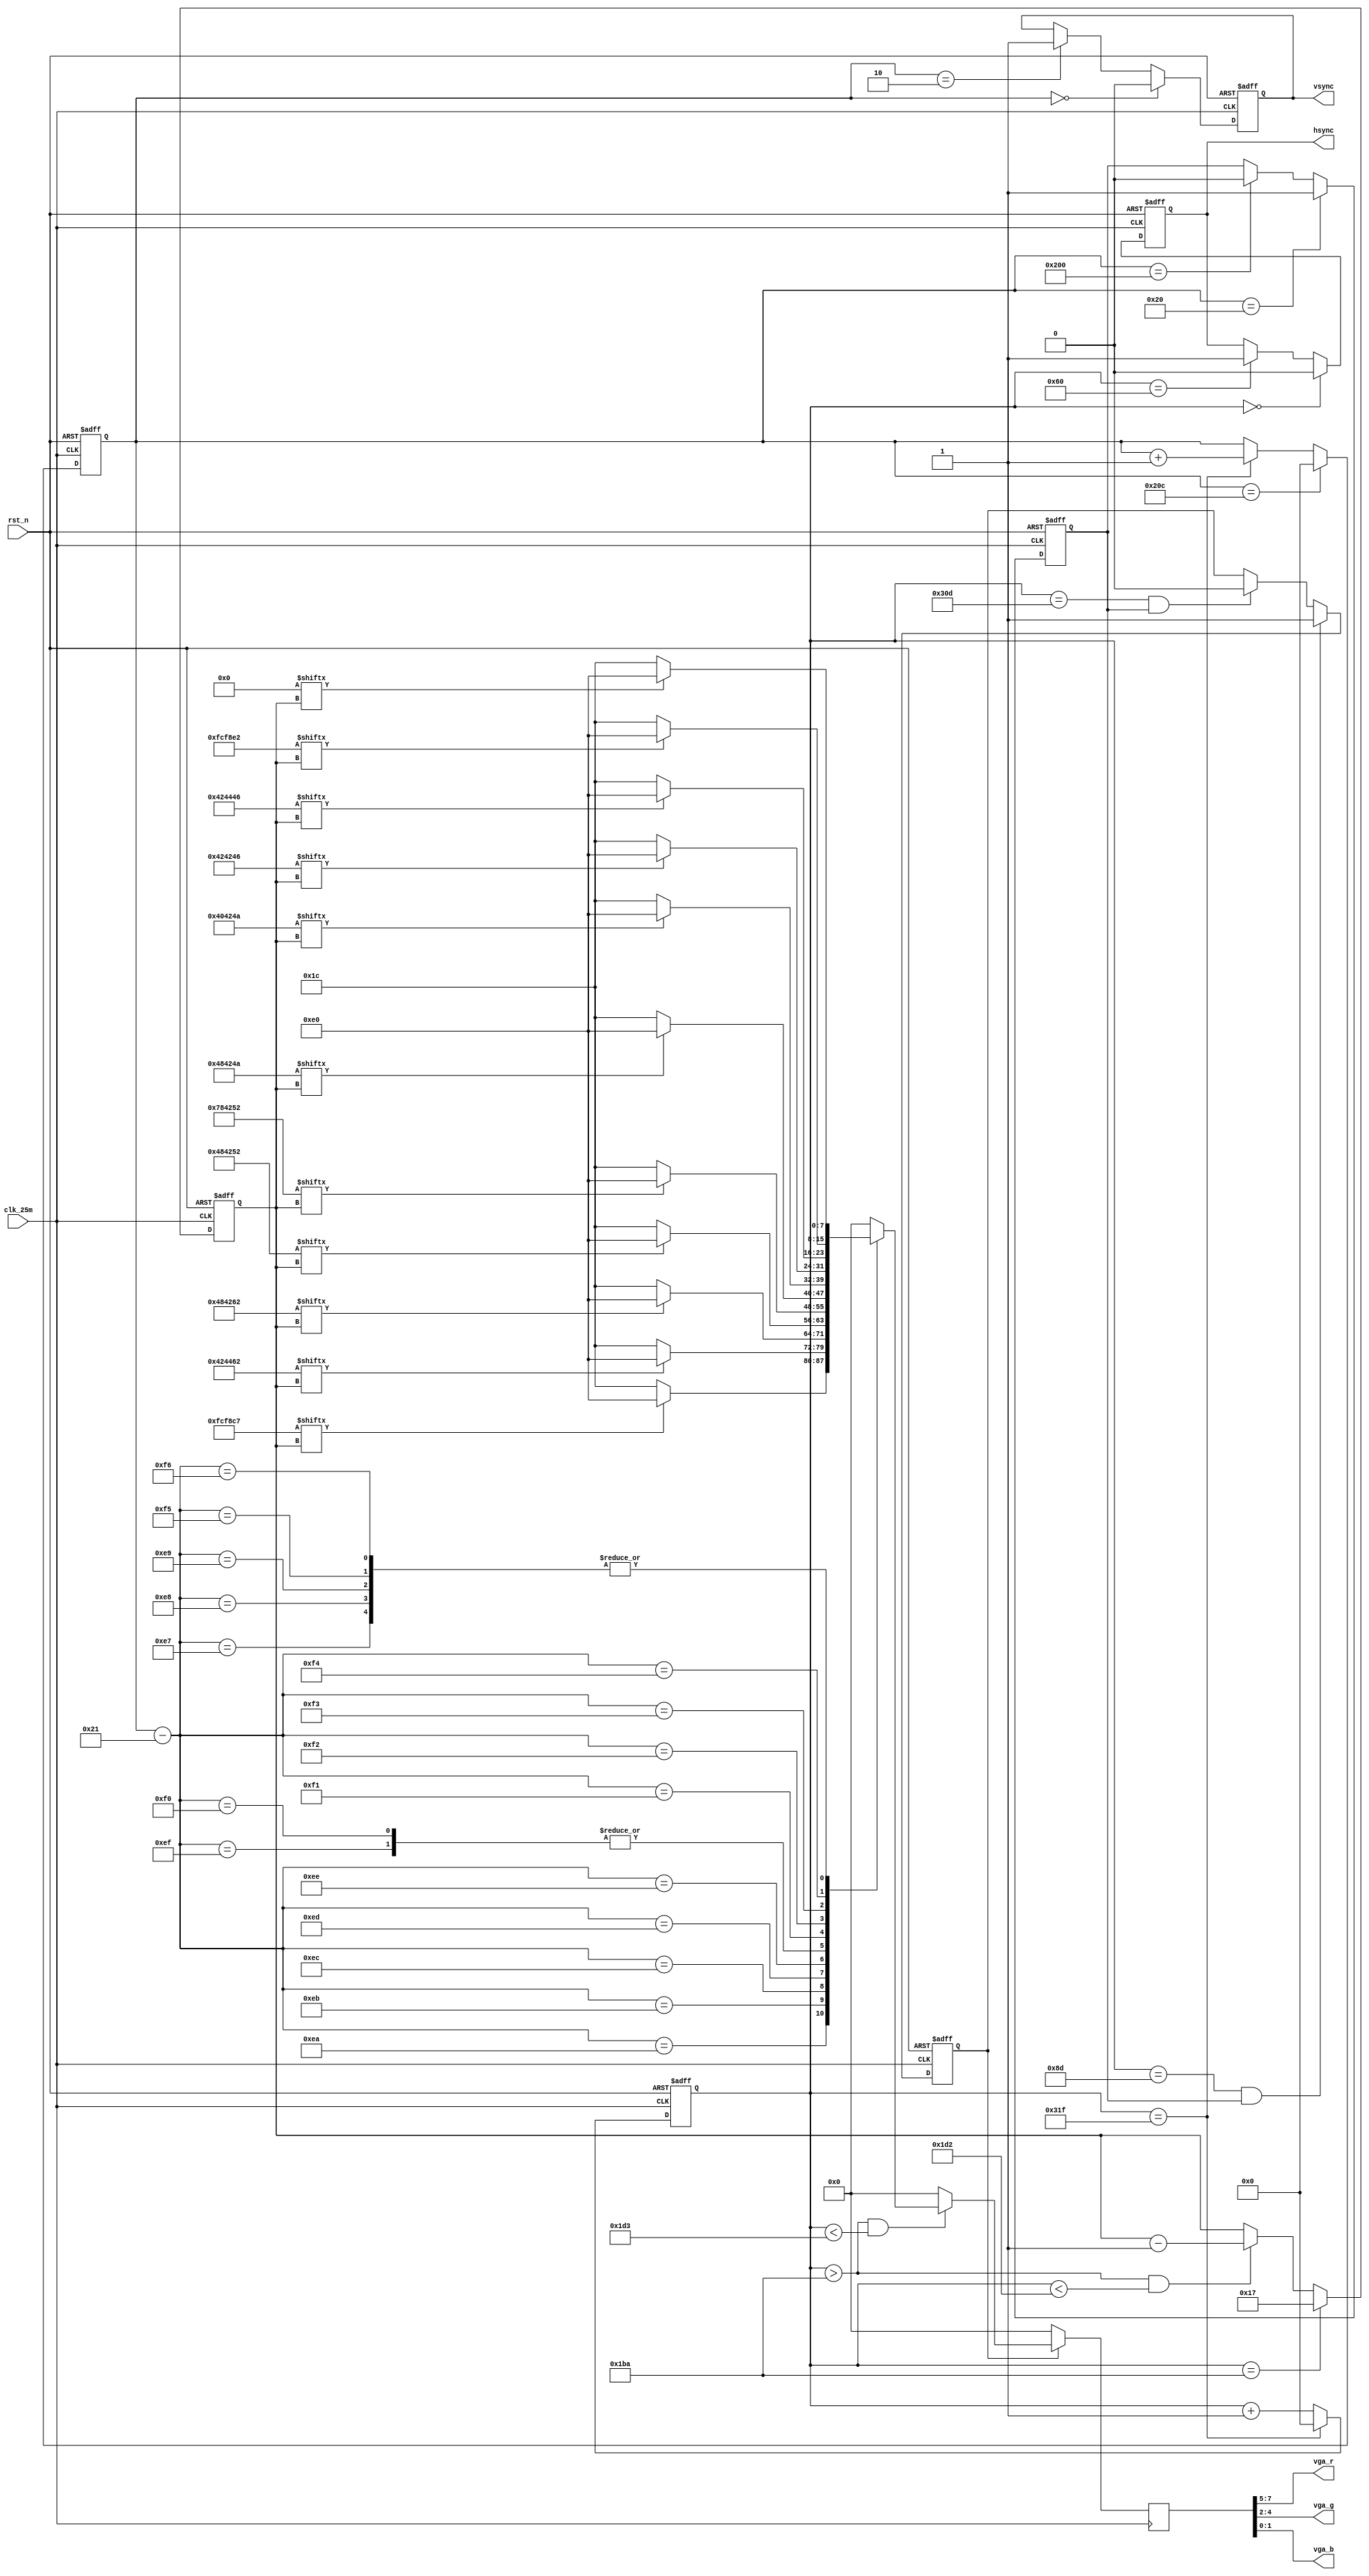
`timescale 1ns / 1ps
////////////////////////////////////////////////////////////////////////////////
// Company		: 
// Design Name	: vga_char
// Module Name	: vga_char
// Project Name	: vga_char
// Target Device: Cyclone EP1C3T144C8 
// Tool versions: Quartus II 8.1
// Description	: SF-EP1C6VGA
//					"EDN"
// Revision		: V1.0
// Additional Comments	:  
// EDNFPGA/CPLDhttp://group.ednchina.com/1375/
////////////////////////////////////////////////////////////////////////////////
module vga_char(	
				clk_25m,rst_n,	//
				hsync,vsync,vga_r,vga_g,vga_b	// VGA
			);

input clk_25m;	// 25MHz
input rst_n;	//

	// FPGAVGA
output hsync;	//
output vsync;	//
output[2:0] vga_r;
output[2:0] vga_g;
output[1:0] vga_b;

//--------------------------------------------------
	// 
reg[9:0] x_cnt;		//
reg[9:0] y_cnt;		//

always @ (posedge clk_25m or negedge rst_n)
	if(!rst_n) x_cnt <= 10'd0;
	else if(x_cnt == 10'd799) x_cnt <= 10'd0;
	else x_cnt <= x_cnt+1'b1;

always @ (posedge clk_25m or negedge rst_n)
	if(!rst_n) y_cnt <= 10'd0;
	else if(y_cnt == 10'd524) y_cnt <= 10'd0;
	else if(x_cnt == 10'd799) y_cnt <= y_cnt+1'b1;

//--------------------------------------------------
	// VGA,
reg hsync_r,vsync_r;	//
 
always @ (posedge clk_25m or negedge rst_n)
	if(!rst_n) hsync_r <= 1'b1;								
	else if(x_cnt == 10'd0) hsync_r <= 1'b0;	//hsync
	else if(x_cnt == 10'd96) hsync_r <= 1'b1;

always @ (posedge clk_25m or negedge rst_n)
	if(!rst_n) vsync_r <= 1'b1;							  
	else if(y_cnt == 10'd0) vsync_r <= 1'b0;	//vsync
	else if(y_cnt == 10'd2) vsync_r <= 1'b1;

assign hsync = hsync_r;
assign vsync = vsync_r;

//--------------------------------------------------
	//
reg valid_yr;	//
always @ (posedge clk_25m or negedge rst_n)
	if(!rst_n) valid_yr <= 1'b0;
	else if(y_cnt == 10'd32) valid_yr <= 1'b1;
	else if(y_cnt == 10'd512) valid_yr <= 1'b0;	

wire valid_y = valid_yr;

reg valid_r;	// VGA
always @ (posedge clk_25m or negedge rst_n)
	if(!rst_n) valid_r <= 1'b0;
	else if((x_cnt == 10'd141) && valid_y) valid_r <= 1'b1;
	else if((x_cnt == 10'd781) && valid_y) valid_r <= 1'b0;
	
wire valid = valid_r;		

//wire[9:0] x_dis;		//0-639
wire[9:0] y_dis;		//0-479

//assign x_dis = x_cnt - 10'd142;
assign y_dis = y_cnt - 10'd33;
//--------------------------------------------------

//-------------------------------------------------- 
	// VGA
/*
RGB = 000  		RGB = 100	
	= 001  			= 101	
	= 010			= 110	
	= 011			= 111	
*/	

/*EDN*/
parameter 	char_line0 = 24'h000000,
			char_line1 = 24'h000000,
			char_line2 = 24'h000000,
			char_line3 = 24'hfcf8c7,
			char_line4 = 24'h424462,
			char_line5 = 24'h484262,
			char_line6 = 24'h484252,
			char_line7 = 24'h784252,
			char_line8 = 24'h48424a,
			char_line9 = 24'h48424a,
			char_linea = 24'h40424a,
			char_lineb = 24'h424246,
			char_linec = 24'h424446,
			char_lined = 24'hfcf8e2,
			char_linee = 24'h000000,
			char_linef = 24'h000000;

reg[4:0] char_bit;	//

always @(posedge clk_25m or negedge rst_n)
	if(!rst_n) char_bit <= 5'h1f;
	else if(x_cnt == 10'd442) char_bit <= 5'd23;	//
	else if(x_cnt > 10'd442 && x_cnt < 10'd466) char_bit <= char_bit-1'b1;	//
	
reg[7:0] vga_rgb;	// VGA

always @ (posedge clk_25m)
	if(!valid) vga_rgb <= 8'd0;
	else if(x_cnt > 10'd442 && x_cnt < 10'd467) begin
		case(y_dis)
			10'd231: if(char_line0[char_bit]) vga_rgb <= 8'b111_000_00;	//
					 else vga_rgb <= 8'b000_11100;	//
			10'd232: if(char_line1[char_bit]) vga_rgb <= 8'b111_000_00;	//
					 else vga_rgb <= 8'b000_111_00;	//
			10'd233: if(char_line2[char_bit]) vga_rgb <= 8'b111_000_00;	//
					 else vga_rgb <= 8'b000_111_00;	//
			10'd234: if(char_line3[char_bit]) vga_rgb <= 8'b111_000_00;	//
					 else vga_rgb <= 8'b000_111_00;	//
			10'd235: if(char_line4[char_bit]) vga_rgb <= 8'b111_000_00;	//
					 else vga_rgb <= 8'b000_111_00;	//
			10'd236: if(char_line5[char_bit]) vga_rgb <= 8'b111_000_00;	//
					 else vga_rgb <= 8'b000_111_00;	//
			10'd237: if(char_line6[char_bit]) vga_rgb <= 8'b111_000_00;	//
					 else vga_rgb <= 8'b000_111_00;	//
			10'd238: if(char_line7[char_bit]) vga_rgb <= 8'b111_000_00;	//
					 else vga_rgb <= 8'b000_111_00;	//
			10'd239: if(char_line8[char_bit]) vga_rgb <= 8'b111_000_00;	//
					 else vga_rgb <= 8'b000_111_00;	//
			10'd240: if(char_line9[char_bit]) vga_rgb <= 8'b111_000_00;	//
					 else vga_rgb <= 8'b000_111_00;	//
			10'd241: if(char_linea[char_bit]) vga_rgb <= 8'b111_000_00;	//
					 else vga_rgb <= 8'b000_111_00;	//		 		 		 		 		 
			10'd242: if(char_lineb[char_bit]) vga_rgb <= 8'b111_000_00;	//
					 else vga_rgb <= 8'b000_111_00;	//			 
			10'd243: if(char_linec[char_bit]) vga_rgb <= 8'b111_000_00;	//
					 else vga_rgb <= 8'b000_111_00;	//	
			10'd244: if(char_lined[char_bit]) vga_rgb <= 8'b111_000_00;	//
					 else vga_rgb <= 8'b000_111_00;	//	
			10'd245: if(char_linee[char_bit]) vga_rgb <= 8'b111_000_00;	//
					 else vga_rgb <= 8'b000_111_00;	//	
			10'd246: if(char_linef[char_bit]) vga_rgb <= 8'b111_000_00;	//
					 else vga_rgb <= 8'b000_111_00;	//			 		 		 		 
		default: vga_rgb <= 8'h00;
		endcase
	end
	else vga_rgb <= 8'h00;

	//r,g,b
assign vga_r = vga_rgb[7:5];
assign vga_g = vga_rgb[4:2];
assign vga_b = vga_rgb[1:0];

endmodule